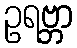
ဥရဗ္ဘာ